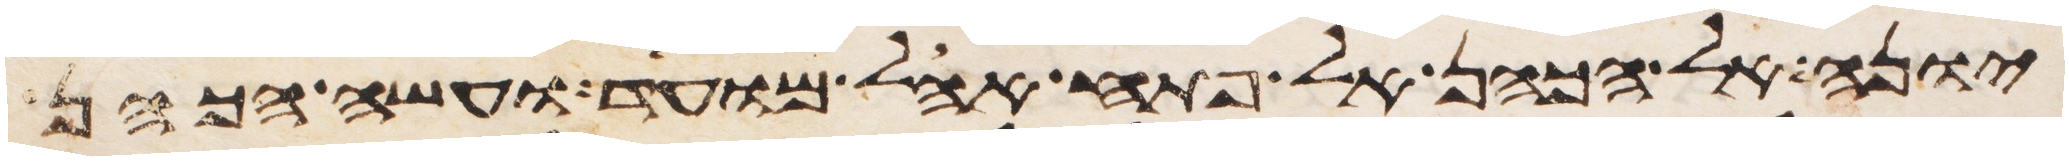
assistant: יונה אל הכהן אל פתח אהל מועד ועשה הכהן